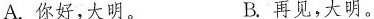
A.你好，大明。 B.再见，大明。